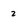
Character: 2